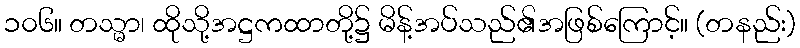
၁၀၆။ တသ္မာ၊ ထိုသို့အဋ္ဌကထာတို့၌ မိန့်အပ်သည်၏အဖြစ်ကြောင့်။ (တနည်း)